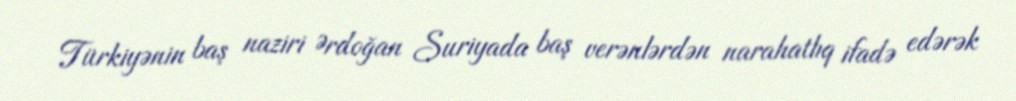
Türkiyənin baş naziri Ərdoğan Suriyada baş verənlərdən narahatlıq ifadə edərək